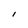
Character: I